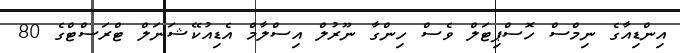
އިންޑިއާގެ ނިމްސް ހޮސްޕިޓަލް ވެސް ހިންގާ ނޫރުލް އިސްލާމް އެޑިއުކޭޝަނަލް ޓްރަސްޓްގެ 80